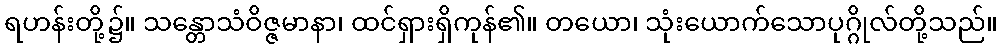
ရဟန်းတို့၌။ သန္တောသံဝိဇ္ဇမာနာ၊ ထင်ရှားရှိကုန်၏။ တယော၊ သုံးယောက်သောပုဂ္ဂိုလ်တို့သည်။